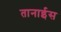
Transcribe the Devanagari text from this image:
तानाईस